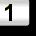
Digit: 1